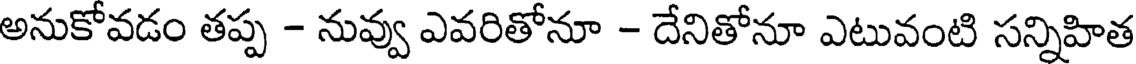
అనుకోవడం తప్ప - నువ్వు ఎవరితోనూ - దేనితోనూ ఎటువంటి సన్నిహిత